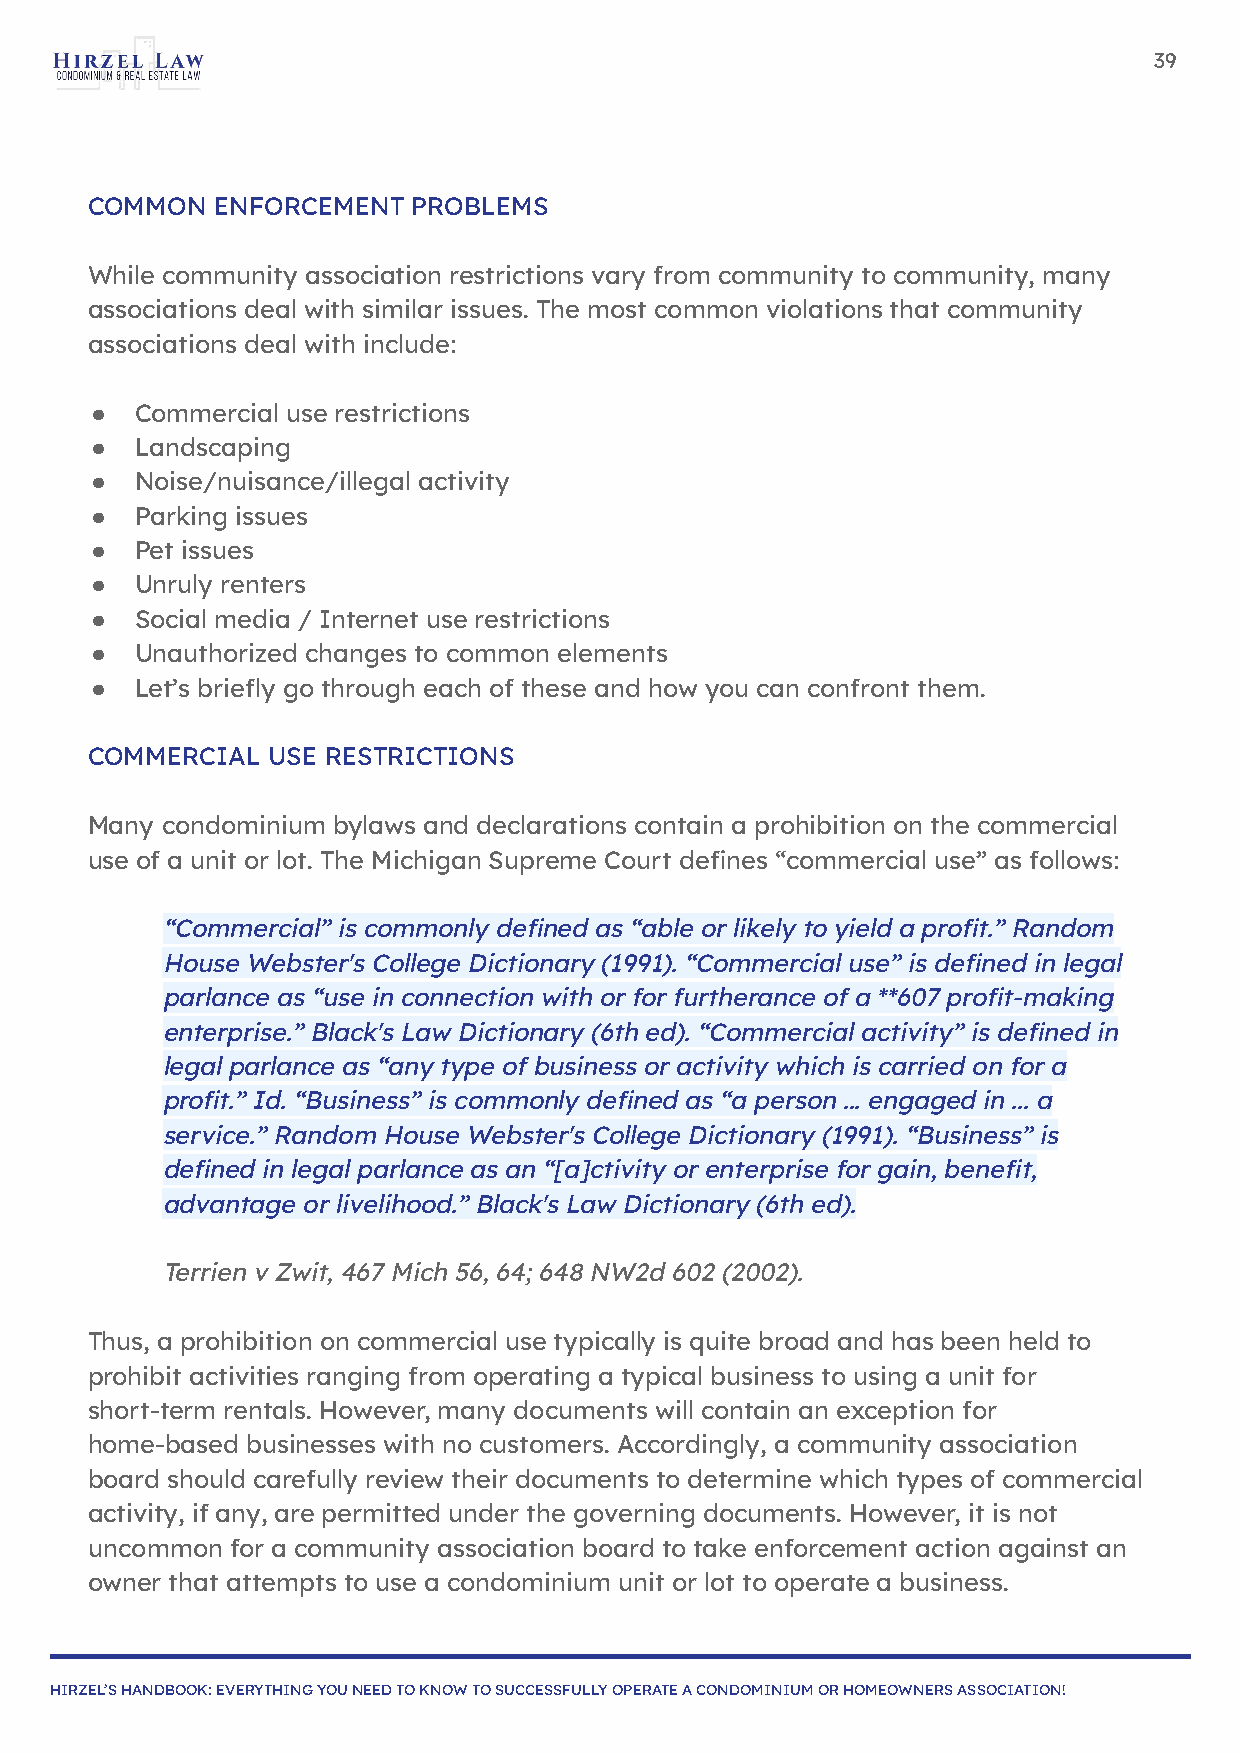
39
 COMMON  ENFORCEMENT  PROBLEMS
 While community association restrictions vary from community to community, many
 associations deal with similar issues. The most common violations that community
 associations deal with include:
 ●  Commercial use restrictions
 ●  Landscaping
 ●  Noise/nuisance/illegal activity
 ●  Parking issues
 ●  Pet issues
 ●  Unruly renters
 ●  Social media / Internet use restrictions
 ●  Unauthorized changes to common elements
 ●  Let’s briefly go through each of these and how you can confront them.
 COMMERCIAL  USE RESTRICTIONS
 Many condominium bylaws and declarations contain a prohibition on the commercial
 use of a unit or lot. The Michigan Supreme Court defines “commercial use” as follows:
 “Commercial” is commonly defined as “able or likely to yield a profit.” Random
 House Webster's College Dictionary (1991). “Commercial use” is defined in legal
 parlance as “use in connection with or for furtherance of a **607 profit-making
 enterprise.” Black's Law Dictionary (6th ed). “Commercial activity” is defined in
 legal parlance as “any type of business or activity which is carried on for a
 profit.” Id. “Business” is commonly defined as “a person ... engaged in ... a
 service.” Random House Webster's College Dictionary (1991). “Business” is
 defined in legal parlance as an “[a]ctivity or enterprise for gain, benefit,
 advantage or livelihood.” Black's Law Dictionary (6th ed).
 Terrien v Zwit, 467 Mich 56, 64; 648 NW2d 602 (2002).
 Thus, a prohibition on commercial use typically is quite broad and has been held to
 prohibit activities ranging from operating a typical business to using a unit for
 short-term rentals. However, many documents will contain an exception for
 home-based businesses with no customers. Accordingly, a community association
 board should carefully review their documents to determine which types of commercial
 activity, if any, are permitted under the governing documents. However, it is not
 uncommon for a community association board to take enforcement action against an
 owner that attempts to use a condominium unit or lot to operate a business.
 HIRZEL’S HANDBOOK: EVERYTHING YOU NEED TO KNOW TO SUCCESSFULLY OPERATE A CONDOMINIUM OR HOMEOWNERS ASSOCIATION!